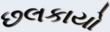
છલકાયો